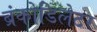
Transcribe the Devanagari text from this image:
ब्रंकोडिलेटर